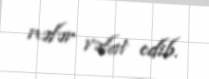
nəfər vəfat edib.